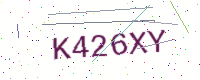
Text: K426XY